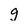
Character: g